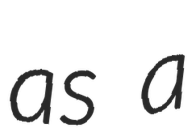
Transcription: as a